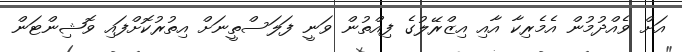
އަށް ވެއްދުމުން އެމެރިކާ އާއި އިޒްރޭލުގެ ފިއްތުން ވަނީ ފަލަސްތީނަށް އިތުރުކޮށްފައި ވޮޝިންޓަން